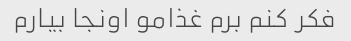
فکر کنم برم غذامو اونجا بیارم